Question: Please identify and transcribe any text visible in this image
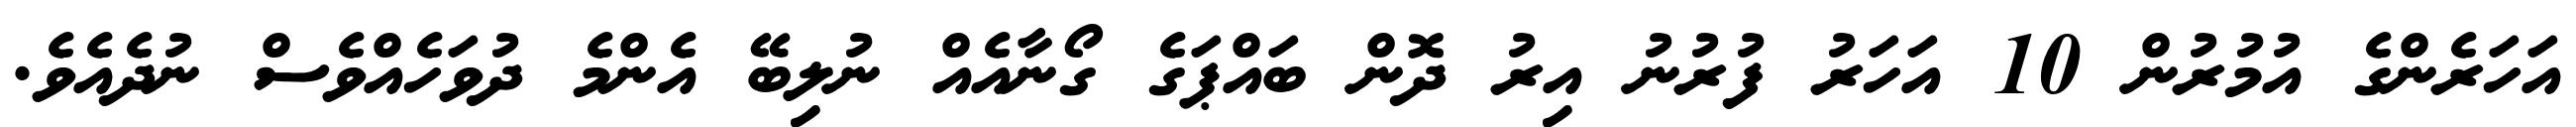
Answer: އަހަރެންގެ އުމުރުން 10 އަހަރު ފުރުނު އިރު ދޮން ބައްޕަގެ ގޯނާއެއް ނުލިބޭ އެންމެ ދުވަހެއްވެސް ނުދެއެވެ.